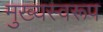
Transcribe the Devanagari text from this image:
मुख्यस्वरूप